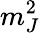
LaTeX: m_{J}^{2}